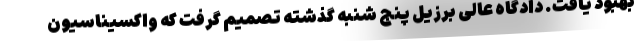
بهبود یافت. دادگاه عالی برزیل پنج شنبه گذشته تصمیم گرفت که واکسیناسیون